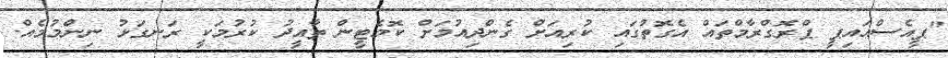
"ޕީއެސްއައިޕީ ޕްރޮގްރާމްތައް އެގޮތުގައި ކުރިއަށް ގެންދިއުމަށް ކޮމެޓީން ތާއީދު ކުރުމަކީ ރަނގަޅު ނިންމުމެއް.